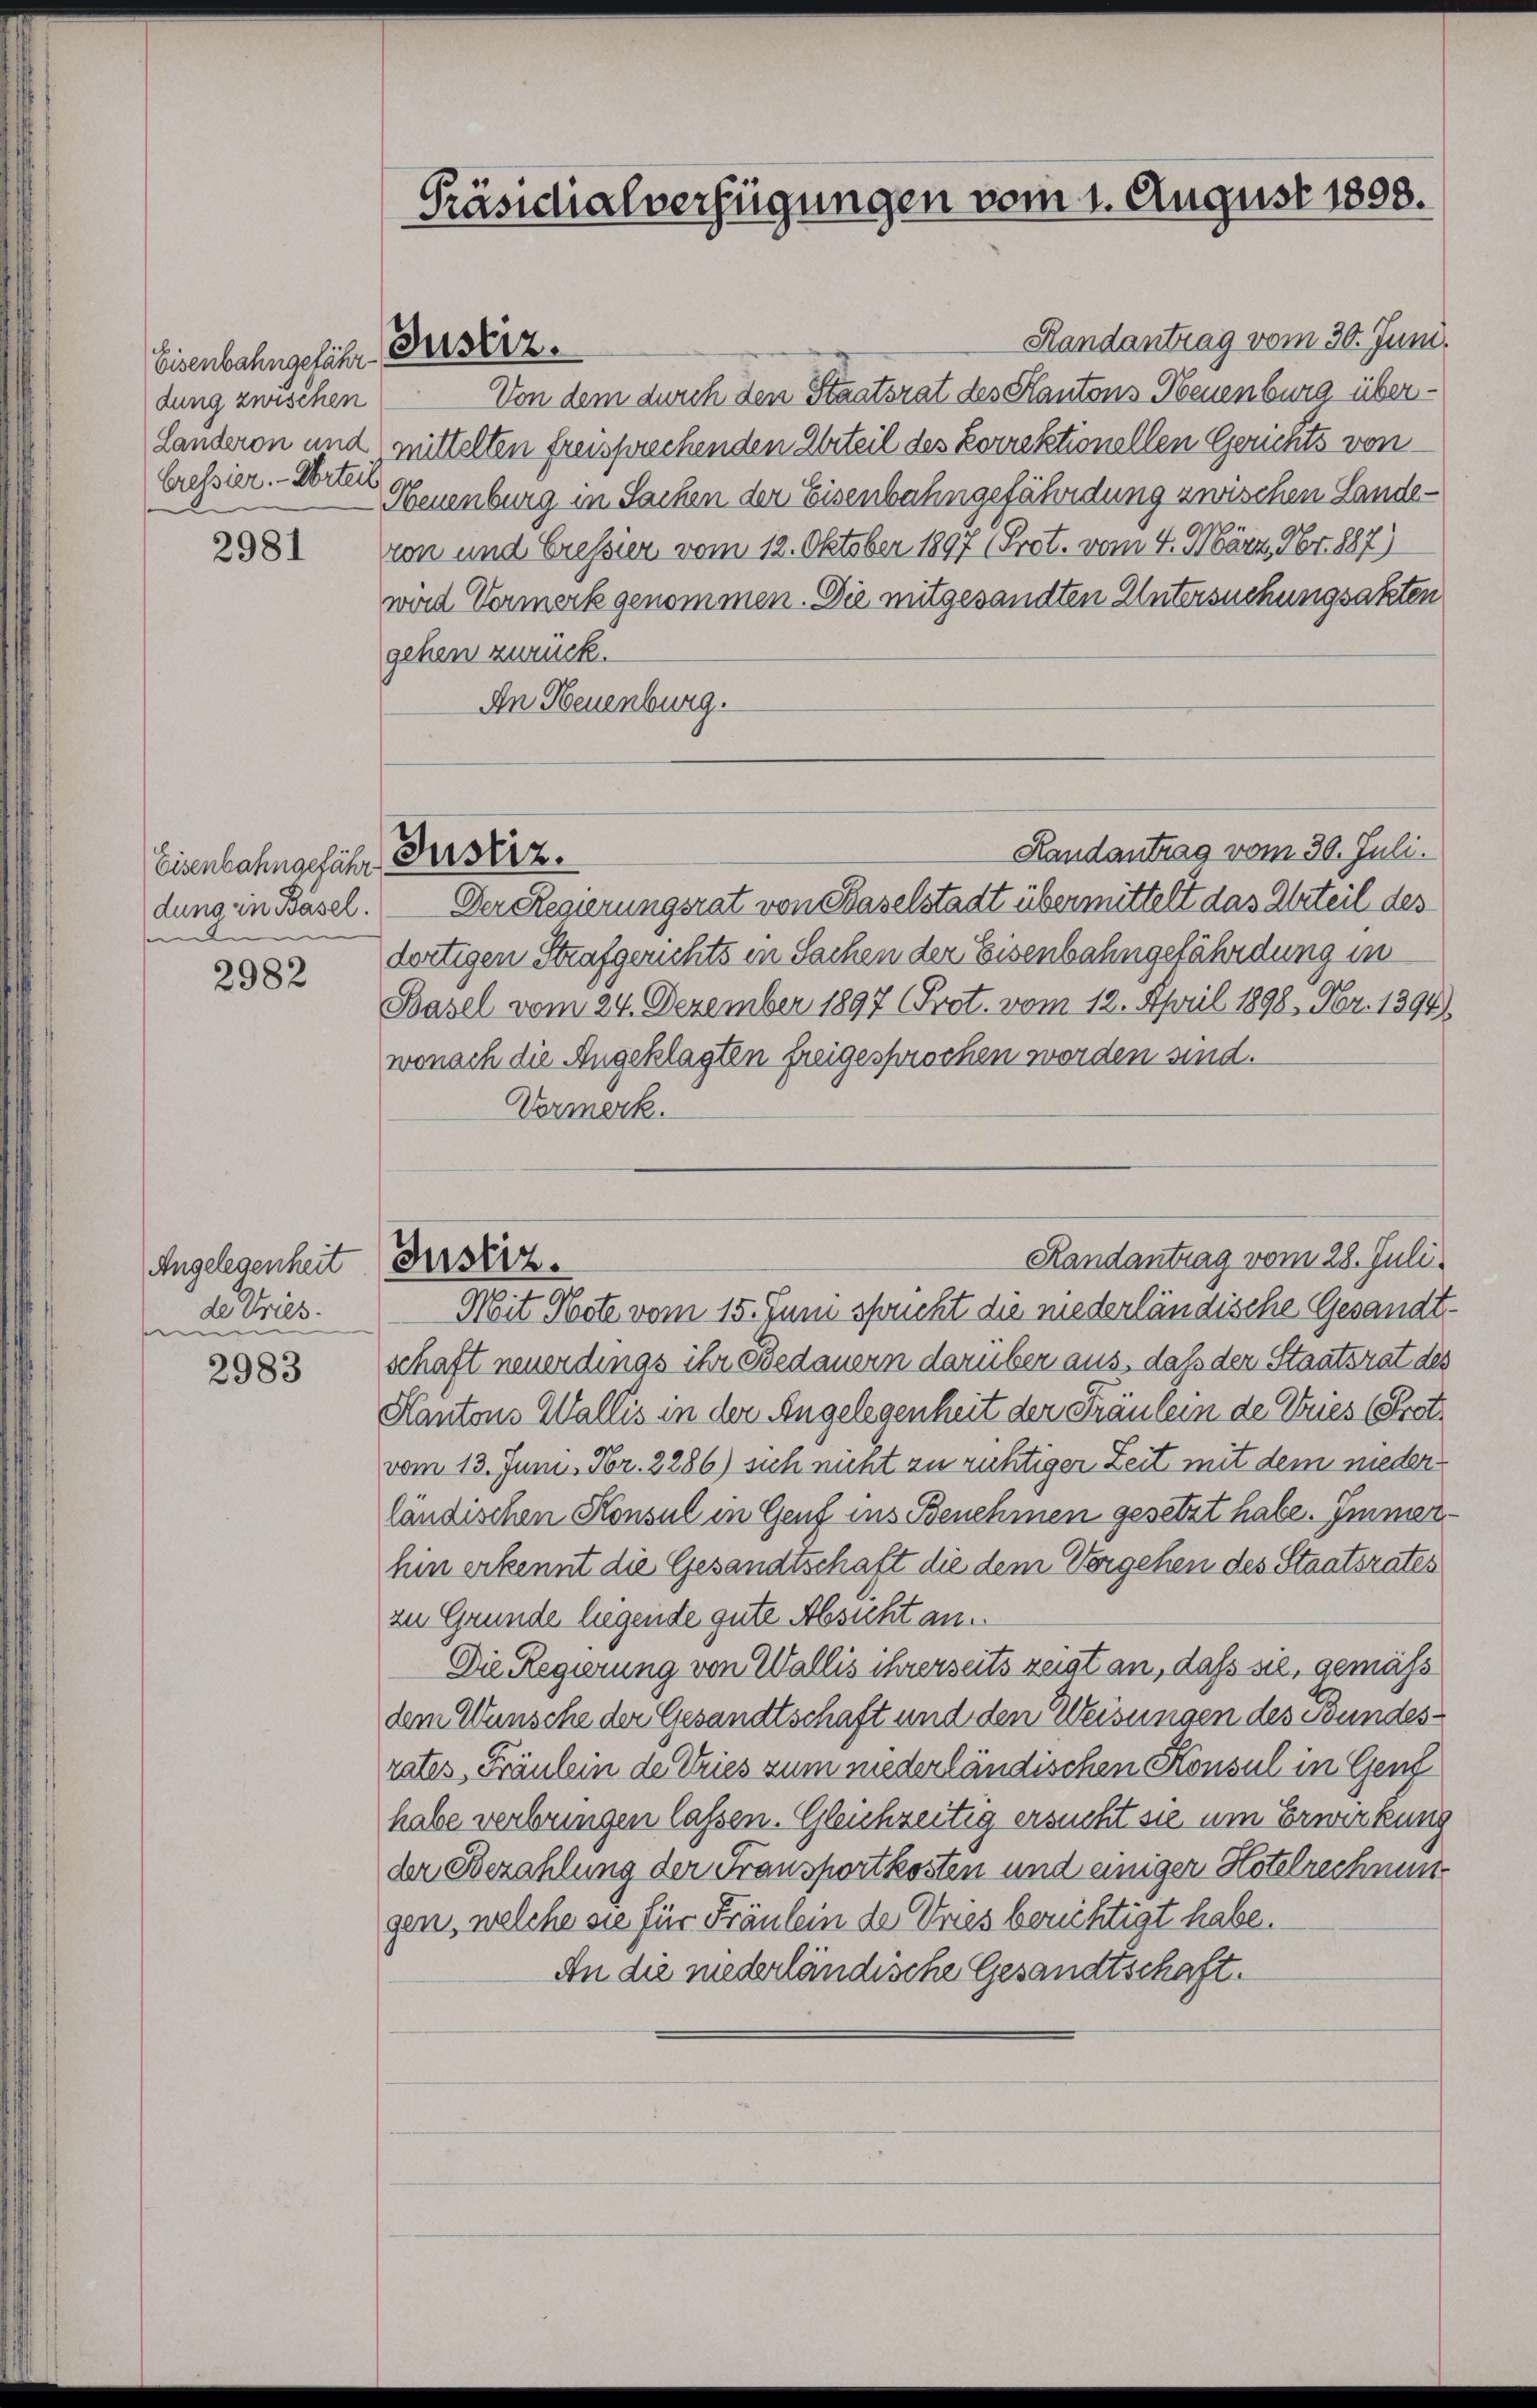
Eisenbahngefährdung zwischen
Landeron und
Cressier. - Urteil

2981

Eisenbahngefähr
dung in Basel.
e
e

2982

Angelegenheit
de Tries.
s

2983

Präsidialverfügungen vom 1. August 1808.

Justiz.

Randantrag vom 30. Juni.
Von dem durch den Staatsrat des Kantons Neuenburg übermittelten freisprechenden Urteil des korrektionellen Gerichts von
Neuenburg in Sachen der Eisenbahngefährdung zwischen Landevon und Cressier vom 12. Oktober 1897 (Prot. vom 4. März. Nr. 887)
wird Vermerk genommen. Die mitgesandten Untersuchungsakten
gehen zurück.
An Neuenburg.
Handantrag vom 30. Juli.
Der Regierungsrat von Baselstadt übermittelt das Urteil des
dortigen Strafgerichts in Sachen der Eisenbahngefährdung in
Basel vom 24. Dezember 1897 (Prot. vom 12. April 1898, Nr. 1394),
wonach die Angeklagten freigesprochen worden sind.
Vormerk.
Randantrag vom 28. Juli
Justiz.
Mit Hote vom 15. Juni spricht die niederländische Gesandt.
schaft neuerdings ihr Bedauern darüber aus, daß der Staatsrat des
Kantons Wallis in der Angelegenheit der Fräulein de Vries (Prot
vom 13. Juni, Fr. 2286) sich nicht zu richtiger Zeit mit dem niederländischen Konsul in Genf ins Benehmen gesetzt habe. Immerhin erkennt die Gesandtschaft die dem Vergehen des Staatsrates
zu Grunde liegende gute Absicht an.
Die Regierung von Wallis ihrerseits zeigt an, dass sie, gemäß
dem Wunsche der Gesandtschaft und den Weisungen des Bundesrates, Fräulein de Vries zum niederländischen Konsul in Gend
habe verbringen lassen. Gleichzeitig ersucht sie um Erwirkung
der Bezahlung der Fransportkosten und einiger Hotelrechnungen, welche sie für Fräulein de Vries berichtigt habe.
An die niederländische Gesandtschaft.

Justiz.